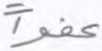
عفوا